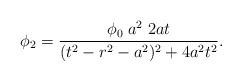
LaTeX: \begin{align*}\phi_2 = {\phi_0 \; a^2 \; 2 a t\over(t^2-r^2-a^2)^2 +4 a^2 t^2}.\end{align*}